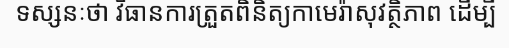
ទស្សនៈថា វិធានការត្រួតពិនិត្យកាមេរ៉ាសុវត្ថិភាព ដើម្បី